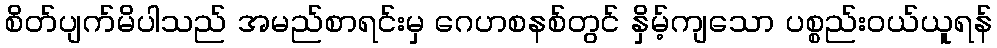
စိတ်ပျက်မိပါသည် အမည်စာရင်းမှ ဂေဟစနစ်တွင် နှိမ့်ကျသော ပစ္စည်းဝယ်ယူရန်